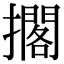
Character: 擱